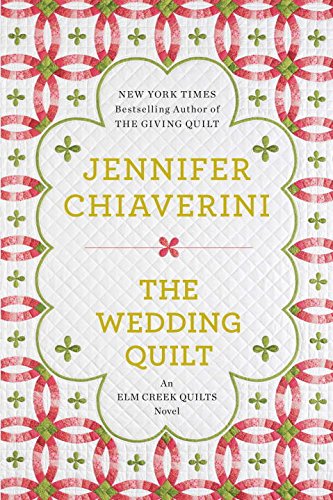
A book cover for The Wedding Quilt: An Elm Creek Quilts Novel; Jennifer Chiaverini; Literature & Fiction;